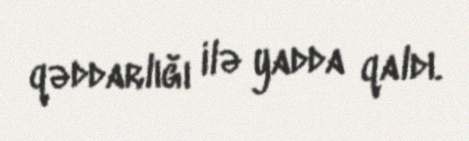
qəddarlığı ilə yadda qaldı.